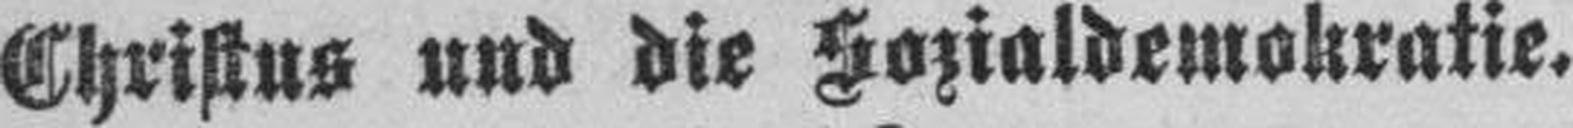
Christus und die Sozialdemokratie.